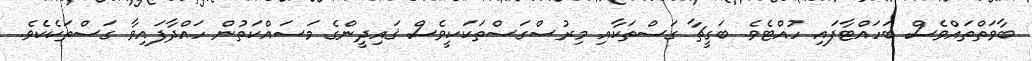
ބާވަތްތައްވެސް ބަހައްޓާފައި ހުއްޓެވެ. ބަގީޗާ ގަސްތަކާއި މިރުސްގަސްތަކަކީވެސް ޤައިދީންގެ މަސައްކަތުން ހައްދާފައިވާ ގަސްތަކެކެވެ.